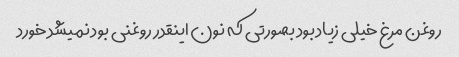
روغن مرغ خیلی زیاد بود بصورتی که نون اینقدر روغنی بود نمیشد خورد